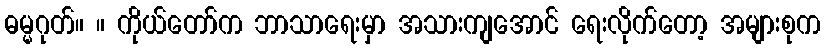
ဓမ္မဂုတ်။ ။ ကိုယ်တော်က ဘာသာရေးမှာ အသားကျအောင် ရေးလိုက်တော့ အများစုက